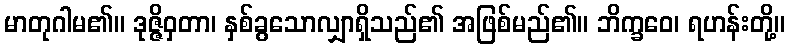
မာတုဂါမ၏။ ဒုဇ္ဇိဝှတာ၊ နှစ်ခွသောလျှာရှိသည်၏ အဖြစ်မည်၏။ ဘိက္ခဝေ၊ ရဟန်းတို့။